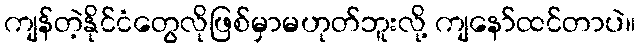
ကျန်တဲ့နိုင်ငံတွေလိုဖြစ်မှာမဟုတ်ဘူးလို့ ကျနော်ထင်တာပဲ။